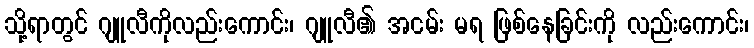
သို့ရာတွင် ဂျူလီကိုလည်းကောင်း၊ ဂျူလီ၏ အငမ်း မရ ဖြစ်နေခြင်းကို လည်းကောင်း၊